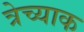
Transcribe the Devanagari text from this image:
त्रेच्याक